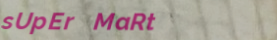
sUpEr MaRt